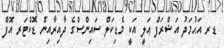
ޑރ އަޙުމަދު އަޝްރަފް ޢަލީ އަކީ މެޑިކަލް ސައިންސްގެ ދާއިރާއިން ޑޮކްޓަރ އޮފް